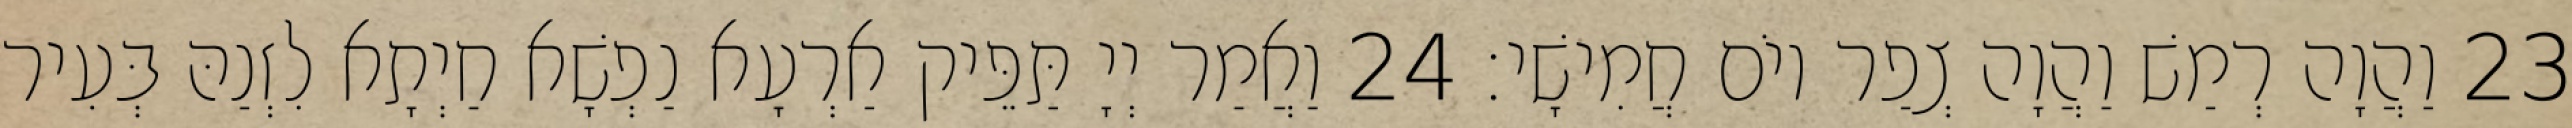
23 וַהֲוָה רְמַשׁ וַהֲוָה צְפַר יוֹם חֲמִישָׁי׃ 24 וַאֲמַר יְיָ תַּפֵּיק אַרְעָא נַפְשָׁא חַיְתָא לִזְנַהּ בְּעִיר